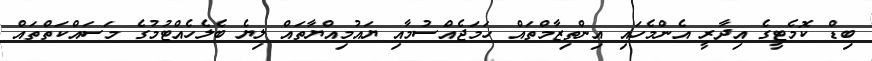
ބިޑް ކޮމެޓީގެ އިދާރީ އެންމެހައި އިންތިޒާމްތައް ހަމަޖެއްސުމާއި ޔައުމިއްޔާތައް ލިޔެ ބެލެހެއްޓުމުގެ މަސައްކަތްތައް